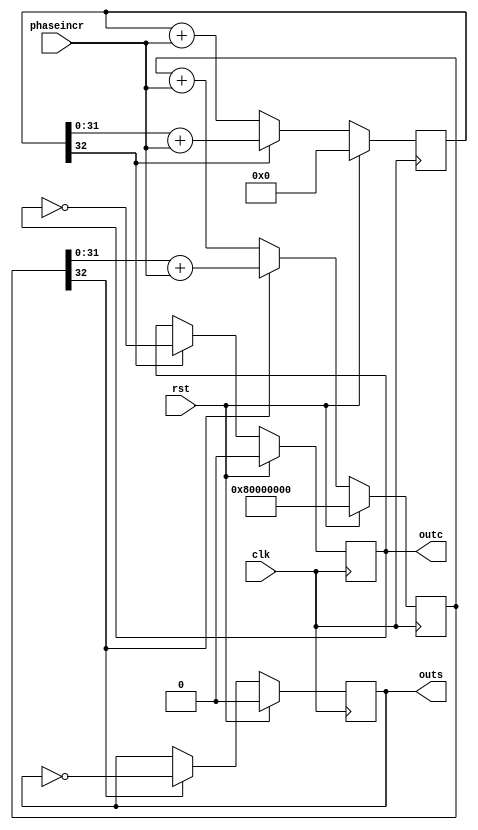
`timescale 1ns / 1ps
//////////////////////////////////////////////////////////////////////////////////
// Company: 
// Engineer: 
// 
// Design Name: 
// Module Name: DDS_SQUARE
// Project Name: 
// Target Devices: 
// Tool Versions: 
// Description: 
// 
// Dependencies: 
// 
// Revision:
// Revision 0.01 - File Created
// Additional Comments:
// 
//////////////////////////////////////////////////////////////////////////////////


module DDS_SQUARE(
        input clk,
        input rst,
        input [31:0] phaseincr,
        output outs,
        output outc
    );
    reg outs_r=1'b0;
    reg outc_r=1'b0;
    reg [32:0]phaseaccs=33'h80000000;
    reg [32:0]phaseaccc=33'h0;
    wire ovfls;
    wire ovflc;
    assign ovfls=phaseaccs[32];
    assign ovflc=phaseaccc[32];
    assign outs=outs_r;
    assign outc=outc_r;
    always@(posedge clk)begin
        if(rst)begin
            phaseaccs<=33'h80000000;
            phaseaccc<=33'h0;
            outs_r<=1'b0;
            outc_r<=1'b0;
        end else begin
            if(ovfls==1'b1)begin
                phaseaccs<=(phaseaccs[31:0]+phaseincr);
                outs_r<=~outs_r;
            end else begin
                phaseaccs<=phaseaccs+phaseincr;
            end
            if(ovflc==1'b1)begin
                phaseaccc<=(phaseaccc[31:0]+phaseincr);
                outc_r<=~outc_r;
            end else begin
                phaseaccc<=phaseaccc+phaseincr;
            end
        end
    end
    
endmodule